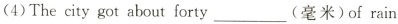
(4)The city got about forty___(毫米)of rain